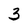
Character: 3